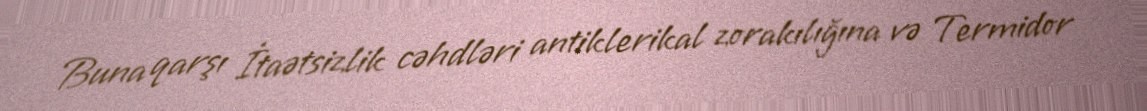
Buna qarşı İtaətsizlik cəhdləri antiklerikal zorakılığına və Termidor